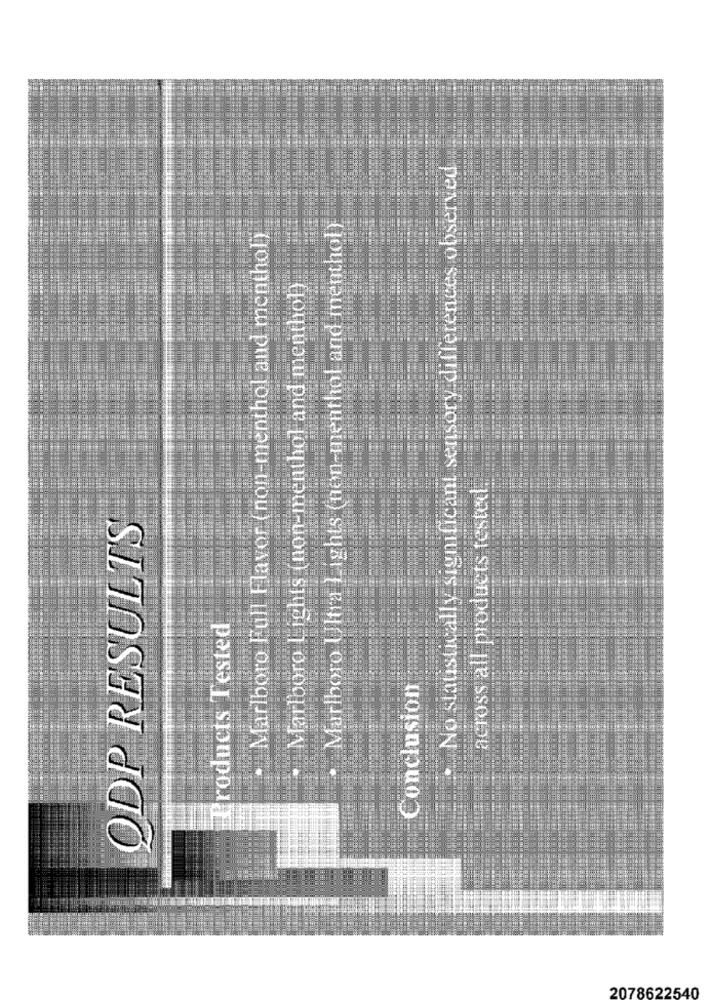
No statistically significant sensory differences observed
· Marlboro Ultra Lights (non-menthol and menthol
· Marlboro Full Flavor (non-menthol and menthol)
Marlboro Lights (non-menthol and menthol)
across all products tested.
ODP RESULTS
Products Tested
Conclusion
2078622540